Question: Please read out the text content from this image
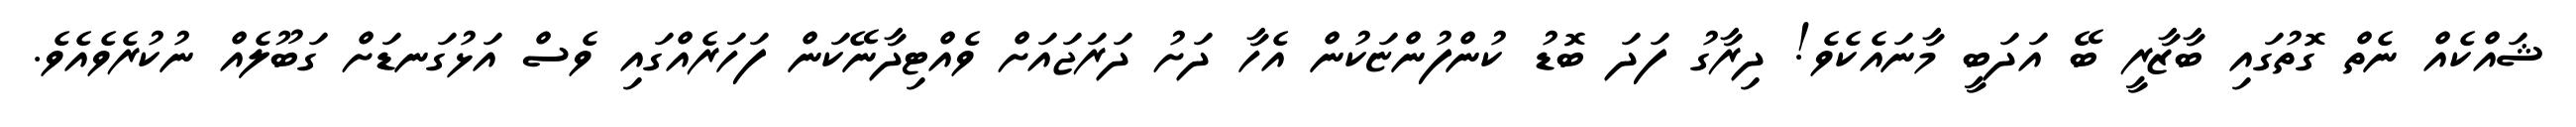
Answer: ޝައްކެއް ނެތް ގޮތުގައި ބާޒާރީ ބޭ އަދަބީ މާނައެކެވެ! ދިރާގު ފަދަ ބޮޑު ކުންފުންޏަކުން އެހާ ދަށު ދަރަޖައަށް ވެއްޓިދާނޭކަން ފަހަރެއްގައި ވެސް އަޅުގަނޑަށް ގަބޫލެއް ނުކުރެވެއެވެ.